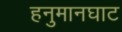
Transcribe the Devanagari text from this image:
हनुमानघाट